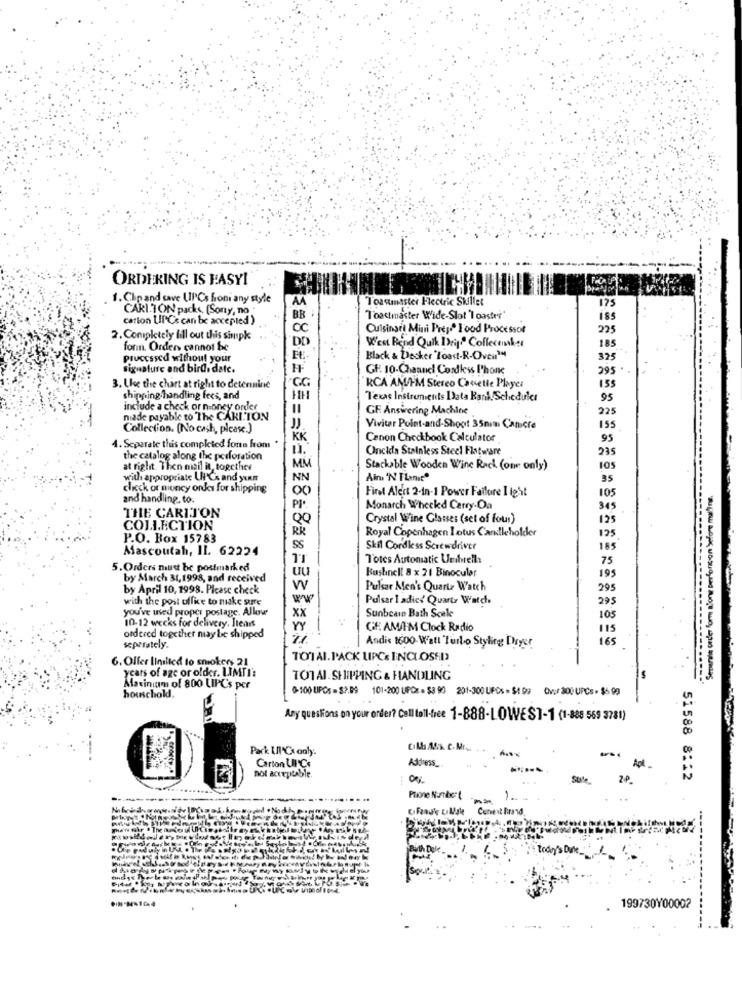
ORDERING IS EASY!
1. Chp and save UPCs froni any style
AA
Toastmaster Flectric Stillet
175
CARI.TON packs [Sony, no "
carton UlCs can be accepted )
BB
Toastmaster Wide-Slot 'Ioastri'
1SS
OC
Cuisinart Mini Preso Food Processor
225
2. Completely fill out this simpk
Went Pend Quik Drig" Collecember
185
forn. Orden cannot be
DD
Processed without your
Black & Decker "Toast-R-Oven™
325
Signature and birds datc.
GF. 10-Channel Cordless Phone
295
GG
3. Uke the chart at right to determine
RCA AM/FM Stereo Cassette Player
155
shipping handling fees, and
HH
Texas Instruments Data Bank. Scheduler
95
include a check or money order
GF Answering Machine
225
niade payable to The CARLTON
Collection. (No cash, please.)
Viviter Point-and-Shoot 35nimi Camere
155
KK
Canon Checkbook Calculator
95
4. Separate this completed fons from "
Oncia Stainless Steel Flatware
235
the catalog along the perforation
at right Then mail it, together
MM
Stackable Wooden Wine Rack (one only)
105
with appropriate UCs and yum
NN
Ain 'N Flanit"
35
click or money ondes for shipping
00
First Alert 2-In-1 Power Failure I test
105
and handling, to.
PI
Monarch Wheekd Carry.Da
345
THE CARITON
00
Crystal Wine Glasses (set of four)
125
COLLECTION
RR
Royal Copenhagen I otus Candleholder
125
P.O. Box 15783
Mascoutah, Il. 62224
ss
Skil Cordless Screwdriver
185
Totes Automatic Umbrella
75
5.Orders must be postmarked
uu
Bushnell 8 x 21 Binocular
by March 31,1998, and received
195
by April 10, 1998. Please check
W
Pulsar Men's Quartz Watch
295
with the post office to make sure
ww
Pulsar I adice Quartz Watch
295
you've used proper postage. Allow
Sunbeain Bath Scale
xx
105
10-12 weeks for delivery. Jteans
YY
GF AM/FM Clock Radio
115
ordered together may be shipped
165
separately.
Andis 1600-Watt Turbo Styling Dryer
TOTAL. PACK UPCE INCLOSED
6. Offer linilied to smokers 21
years of age or older. LIMTI'
TOTAL. SHIPPING & HANDLING
Maxinium of 800 LIPCs per
houschold,
-100 LIPOS = $2.89 101-200 UIFCz = $3 90 201-300 LIPOS = $1 99 Over 300 UPCs - $5 99
Any questions on your order? Call toll-free 1-888-LOWEST-1 (1-888 569 3781)
Pack UIC only.
Address_
Carton UIC
not acceptable.
Stile
51588 8:12
Cureat Brand
-----
199730Y00002